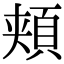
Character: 頬